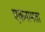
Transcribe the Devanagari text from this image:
एकनामता